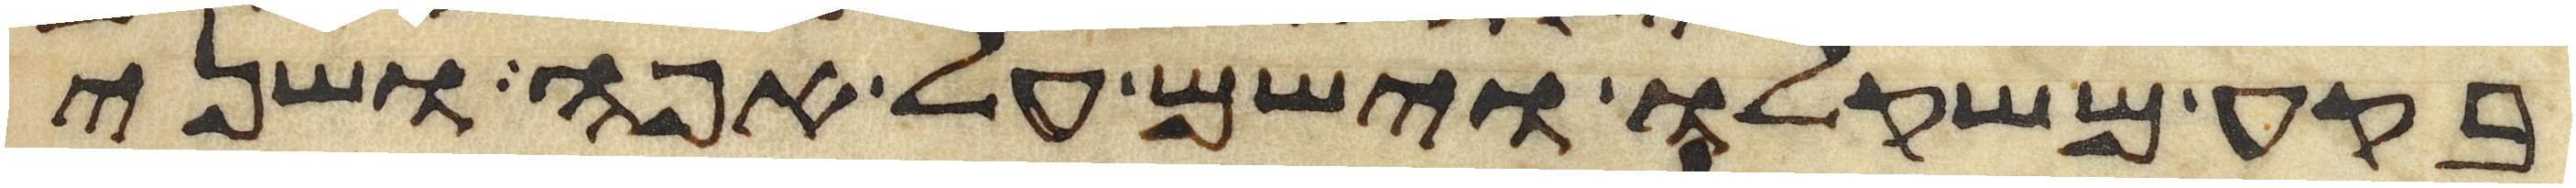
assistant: בקע משקלו וישם על אפה ושני